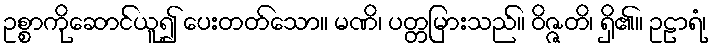
ဥစ္စာကိုဆောင်ယူ၍ ပေးတတ်သော။ မဏိ၊ ပတ္တမြားသည်။ ဝိဇ္ဇတိ၊ ရှိ၏။ ဥဠာရံ၊